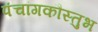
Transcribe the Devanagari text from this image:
पंचांगकौस्तुभ